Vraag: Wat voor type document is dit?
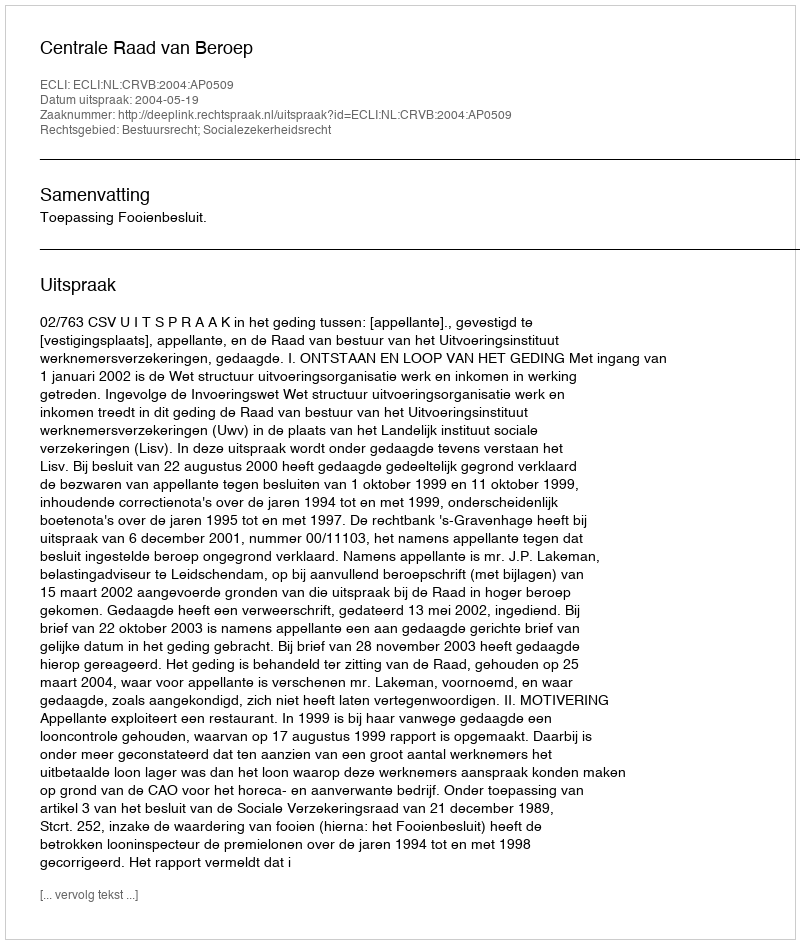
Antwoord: Uitspraak